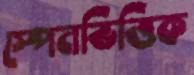
স্পেনভিত্তিক